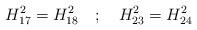
LaTeX: \begin{align*}H_{17}^{2} = H_{18}^{2} \quad ; \quad H_{23}^{2} = H_{24}^{2}\end{align*}